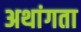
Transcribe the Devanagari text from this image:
अथांगता